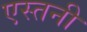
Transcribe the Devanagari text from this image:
एस्तनी